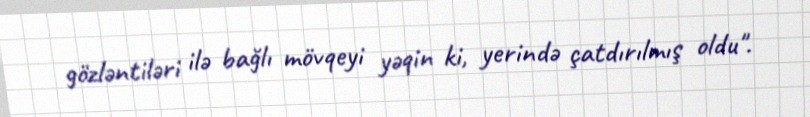
gözləntiləri ilə bağlı mövqeyi yəqin ki, yerində çatdırılmış oldu".